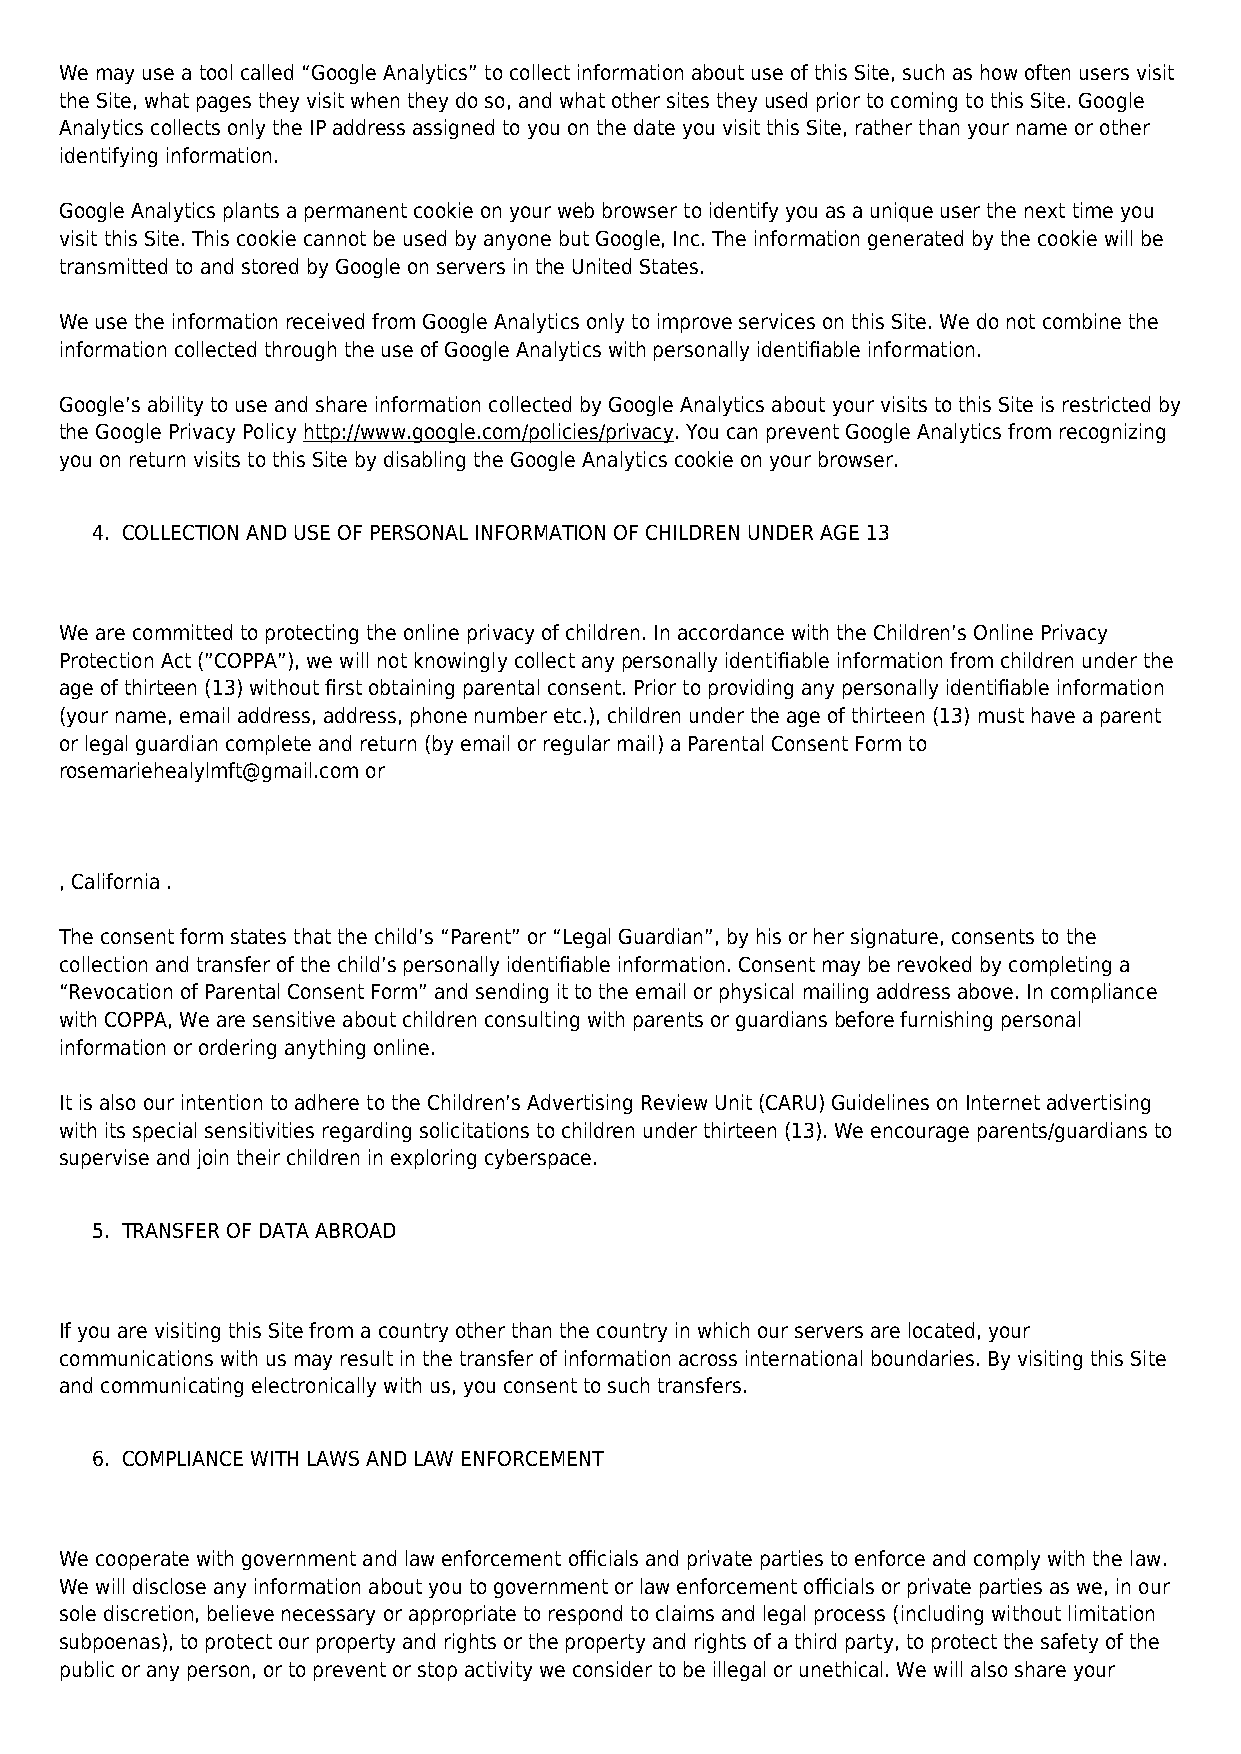
We may use a tool called “Google Analytics” to collect information about use of this Site, such as how often users visit
 the Site, what pages they visit when they do so, and what other sites they used prior to coming to this Site. Google
 Analytics collects only the IP address assigned to you on the date you visit this Site, rather than your name or other
 identifying information.
 Google Analytics plants a permanent cookie on your web browser to identify you as a unique user the next time you
 visit this Site. This cookie cannot be used by anyone but Google, Inc. The information generated by the cookie will be
 transmitted to and stored by Google on servers in the United States.
 We use the information received from Google Analytics only to improve services on this Site. We do not combine the
 information collected through the use of Google Analytics with personally identifiable information.
 Google’s ability to use and share information collected by Google Analytics about your visits to this Site is restricted by
 the Google Privacy Policy http://www.google.com/policies/privacy. You can prevent Google Analytics from recognizing
 you on return visits to this Site by disabling the Google Analytics cookie on your browser.
 4. COLLECTION AND USE OF PERSONAL INFORMATION OF CHILDREN UNDER AGE 13
 We are committed to protecting the online privacy of children. In accordance with the Children’s Online Privacy
 Protection Act (”COPPA”), we will not knowingly collect any personally identifiable information from children under the
 age of thirteen (13) without first obtaining parental consent. Prior to providing any personally identifiable information
 (your name, email address, address, phone number etc.), children under the age of thirteen (13) must have a parent
 or legal guardian complete and return (by email or regular mail) a Parental Consent Form to
 rosemariehealylmft@gmail.com or
 , California .
 The consent form states that the child’s “Parent” or “Legal Guardian”, by his or her signature, consents to the
 collection and transfer of the child’s personally identifiable information. Consent may be revoked by completing a
 “Revocation of Parental Consent Form” and sending it to the email or physical mailing address above. In compliance
 with COPPA, We are sensitive about children consulting with parents or guardians before furnishing personal
 information or ordering anything online.
 It is also our intention to adhere to the Children’s Advertising Review Unit (CARU) Guidelines on Internet advertising
 with its special sensitivities regarding solicitations to children under thirteen (13). We encourage parents/guardians to
 supervise and join their children in exploring cyberspace.
 5. TRANSFER OF DATA ABROAD
 If you are visiting this Site from a country other than the country in which our servers are located, your
 communications with us may result in the transfer of information across international boundaries. By visiting this Site
 and communicating electronically with us, you consent to such transfers.
 6. COMPLIANCE WITH LAWS AND LAW ENFORCEMENT
 We cooperate with government and law enforcement officials and private parties to enforce and comply with the law.
 We will disclose any information about you to government or law enforcement officials or private parties as we, in our
 sole discretion, believe necessary or appropriate to respond to claims and legal process (including without limitation
 subpoenas), to protect our property and rights or the property and rights of a third party, to protect the safety of the
 public or any person, or to prevent or stop activity we consider to be illegal or unethical. We will also share your